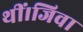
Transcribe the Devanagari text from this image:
थीं।जिवा